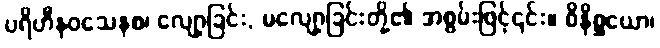
ပရိဟီနဝသေနစ၊ လျော့ခြင်း, မလျော့ခြင်းတို့၏ အစွမ်းဖြင့်၎င်း။ ဝိနိစ္ဆယော၊